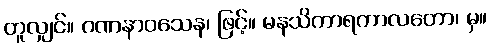
တူလျှင်။ ဂဏနာဝသေန၊ ဖြင့်။ မနသိကာရကာလတော၊ မှ။